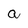
Character: a